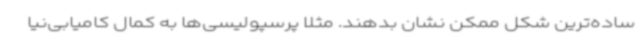
ساده‌ترین شکل ممکن نشان بدهند. مثلا پرسپولیسی‌ها به کمال کامیابی‌نیا